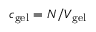
c _ { \mathrm { g e l } } = N / V _ { \mathrm { g e l } }